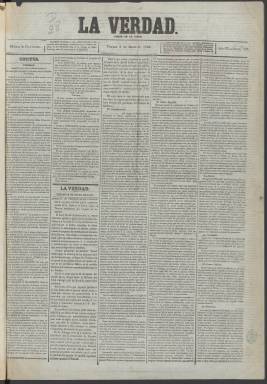
Título: La Verdad (Madrid. 1860)
Colección: Periódicos
Ámbito geográfico: Madrid
Lugar de publicación: Madrid
Fechas: 02/01/1863-15/02/1866